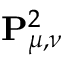
\mathbf { P } _ { \mu , \nu } ^ { 2 }